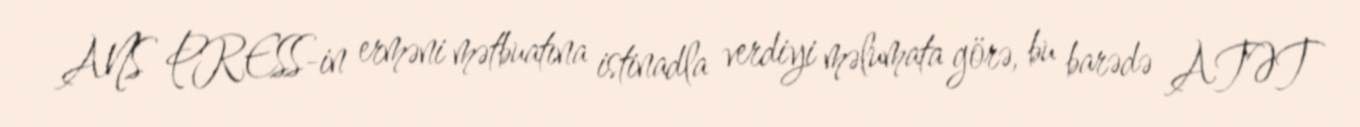
ANS PRESS-in erməni mətbuatına istinadla verdiyi məlumata görə, bu barədə ATƏT